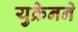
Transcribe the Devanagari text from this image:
युक्रेनने